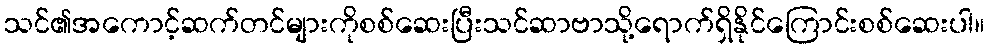
သင်၏အကောင့်ဆက်တင်များကိုစစ်ဆေးပြီးသင်ဆာဗာသို့ရောက်ရှိနိုင်ကြောင်းစစ်ဆေးပါ။